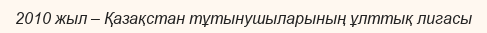
2010 жыл – Қазақстан тұтынушыларының ұлттық лигасы